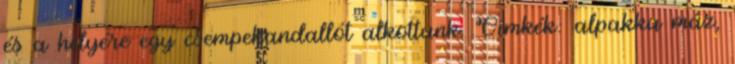
és a helyére egy csempekandallót alkottunk. Címkék: alpakka máz,